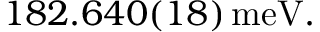
1 8 2 . 6 4 0 ( 1 8 ) \, \mathrm { m e V } .